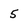
Character: 5